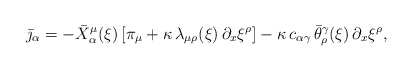
\begin{align*}\bar \jmath_\alpha = - \bar X_\alpha^\mu(\xi) \, [\pi_\mu +\kappa \, \lambda_{\mu \rho}(\xi) \, \partial_x \xi^\rho] - \kappa \,c_{\alpha \gamma} \, \bar \theta^\gamma_\rho (\xi) \, \partial_x\xi^\rho,\end{align*}